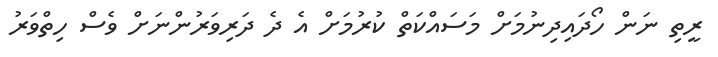
ރީތި ނަން ހޯދައިދިނުމަށް މަސައްކަތް ކުރުމަށް އެ ދެ ދަރިވަރުންނަށް ވެސް ހިތްވަރު